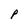
Character: P